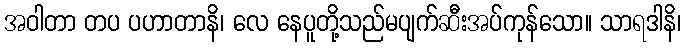
အဝါတာ တပ ပဟာတာနိ၊ လေ နေပူတို့သည်မပျက်ဆီးအပ်ကုန်သော။ သာရဒါနိ၊